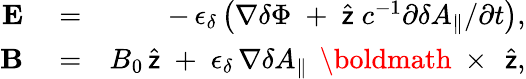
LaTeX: \begin{array}{rlr}{{\mathbf E}}&{{}=}&{-\, \epsilon_{\delta}\left(\nabla\delta\Phi\; +\; \widehat{\sf z}\; c^{-1}\partial\delta A_{\| }/\partial t\right),}\\ {{\mathbf B}}&{{}=}&{B_{0}\, \widehat{\sf z}\; +\; \epsilon_{\delta}\, \nabla\delta A_{\| }\, \mathrm{~\boldmath~\times~}\, \widehat{\sf z},}\end{array}